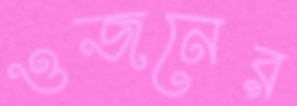
ওজনের